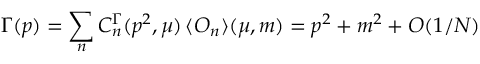
\Gamma ( p ) = \sum _ { n } C _ { n } ^ { \Gamma } ( p ^ { 2 } , \mu ) \, \langle { \cal O } _ { n } \rangle ( \mu , m ) = p ^ { 2 } + m ^ { 2 } + O ( 1 / N )